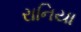
રાનિયા